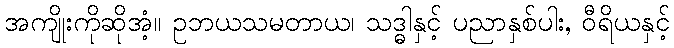
အကျိုးကိုဆိုအံ့။ ဥဘယသမတာယ၊ သဒ္ဓါနှင့် ပညာနှစ်ပါး, ဝီရိယနှင့်